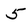
Character: 5